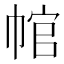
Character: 𢃙